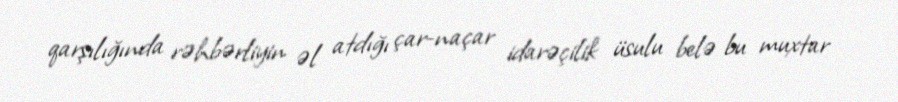
qarşılığında rəhbərliyin əl atdığı çar-naçar idarəçilik üsulu belə bu muxtar